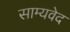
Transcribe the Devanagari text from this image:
साम्‍यवेद